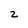
Character: 2